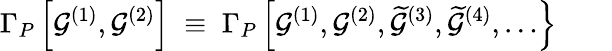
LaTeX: \Gamma_{P}\left[{\cal G}^{(1)},{\cal G}^{(2)}\right]\; \equiv\; \Gamma_{P}\left[{\cal G}^{(1)},{\cal G}^{(2)},\widetilde{{\cal G}}^{(3)},\widetilde{{\cal G}}^{(4)},\ldots\right\} \; \; \; \; \; \; \;